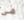
هي